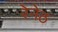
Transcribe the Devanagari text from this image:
रेनेठ